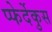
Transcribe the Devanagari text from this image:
प्फेर्देकुस